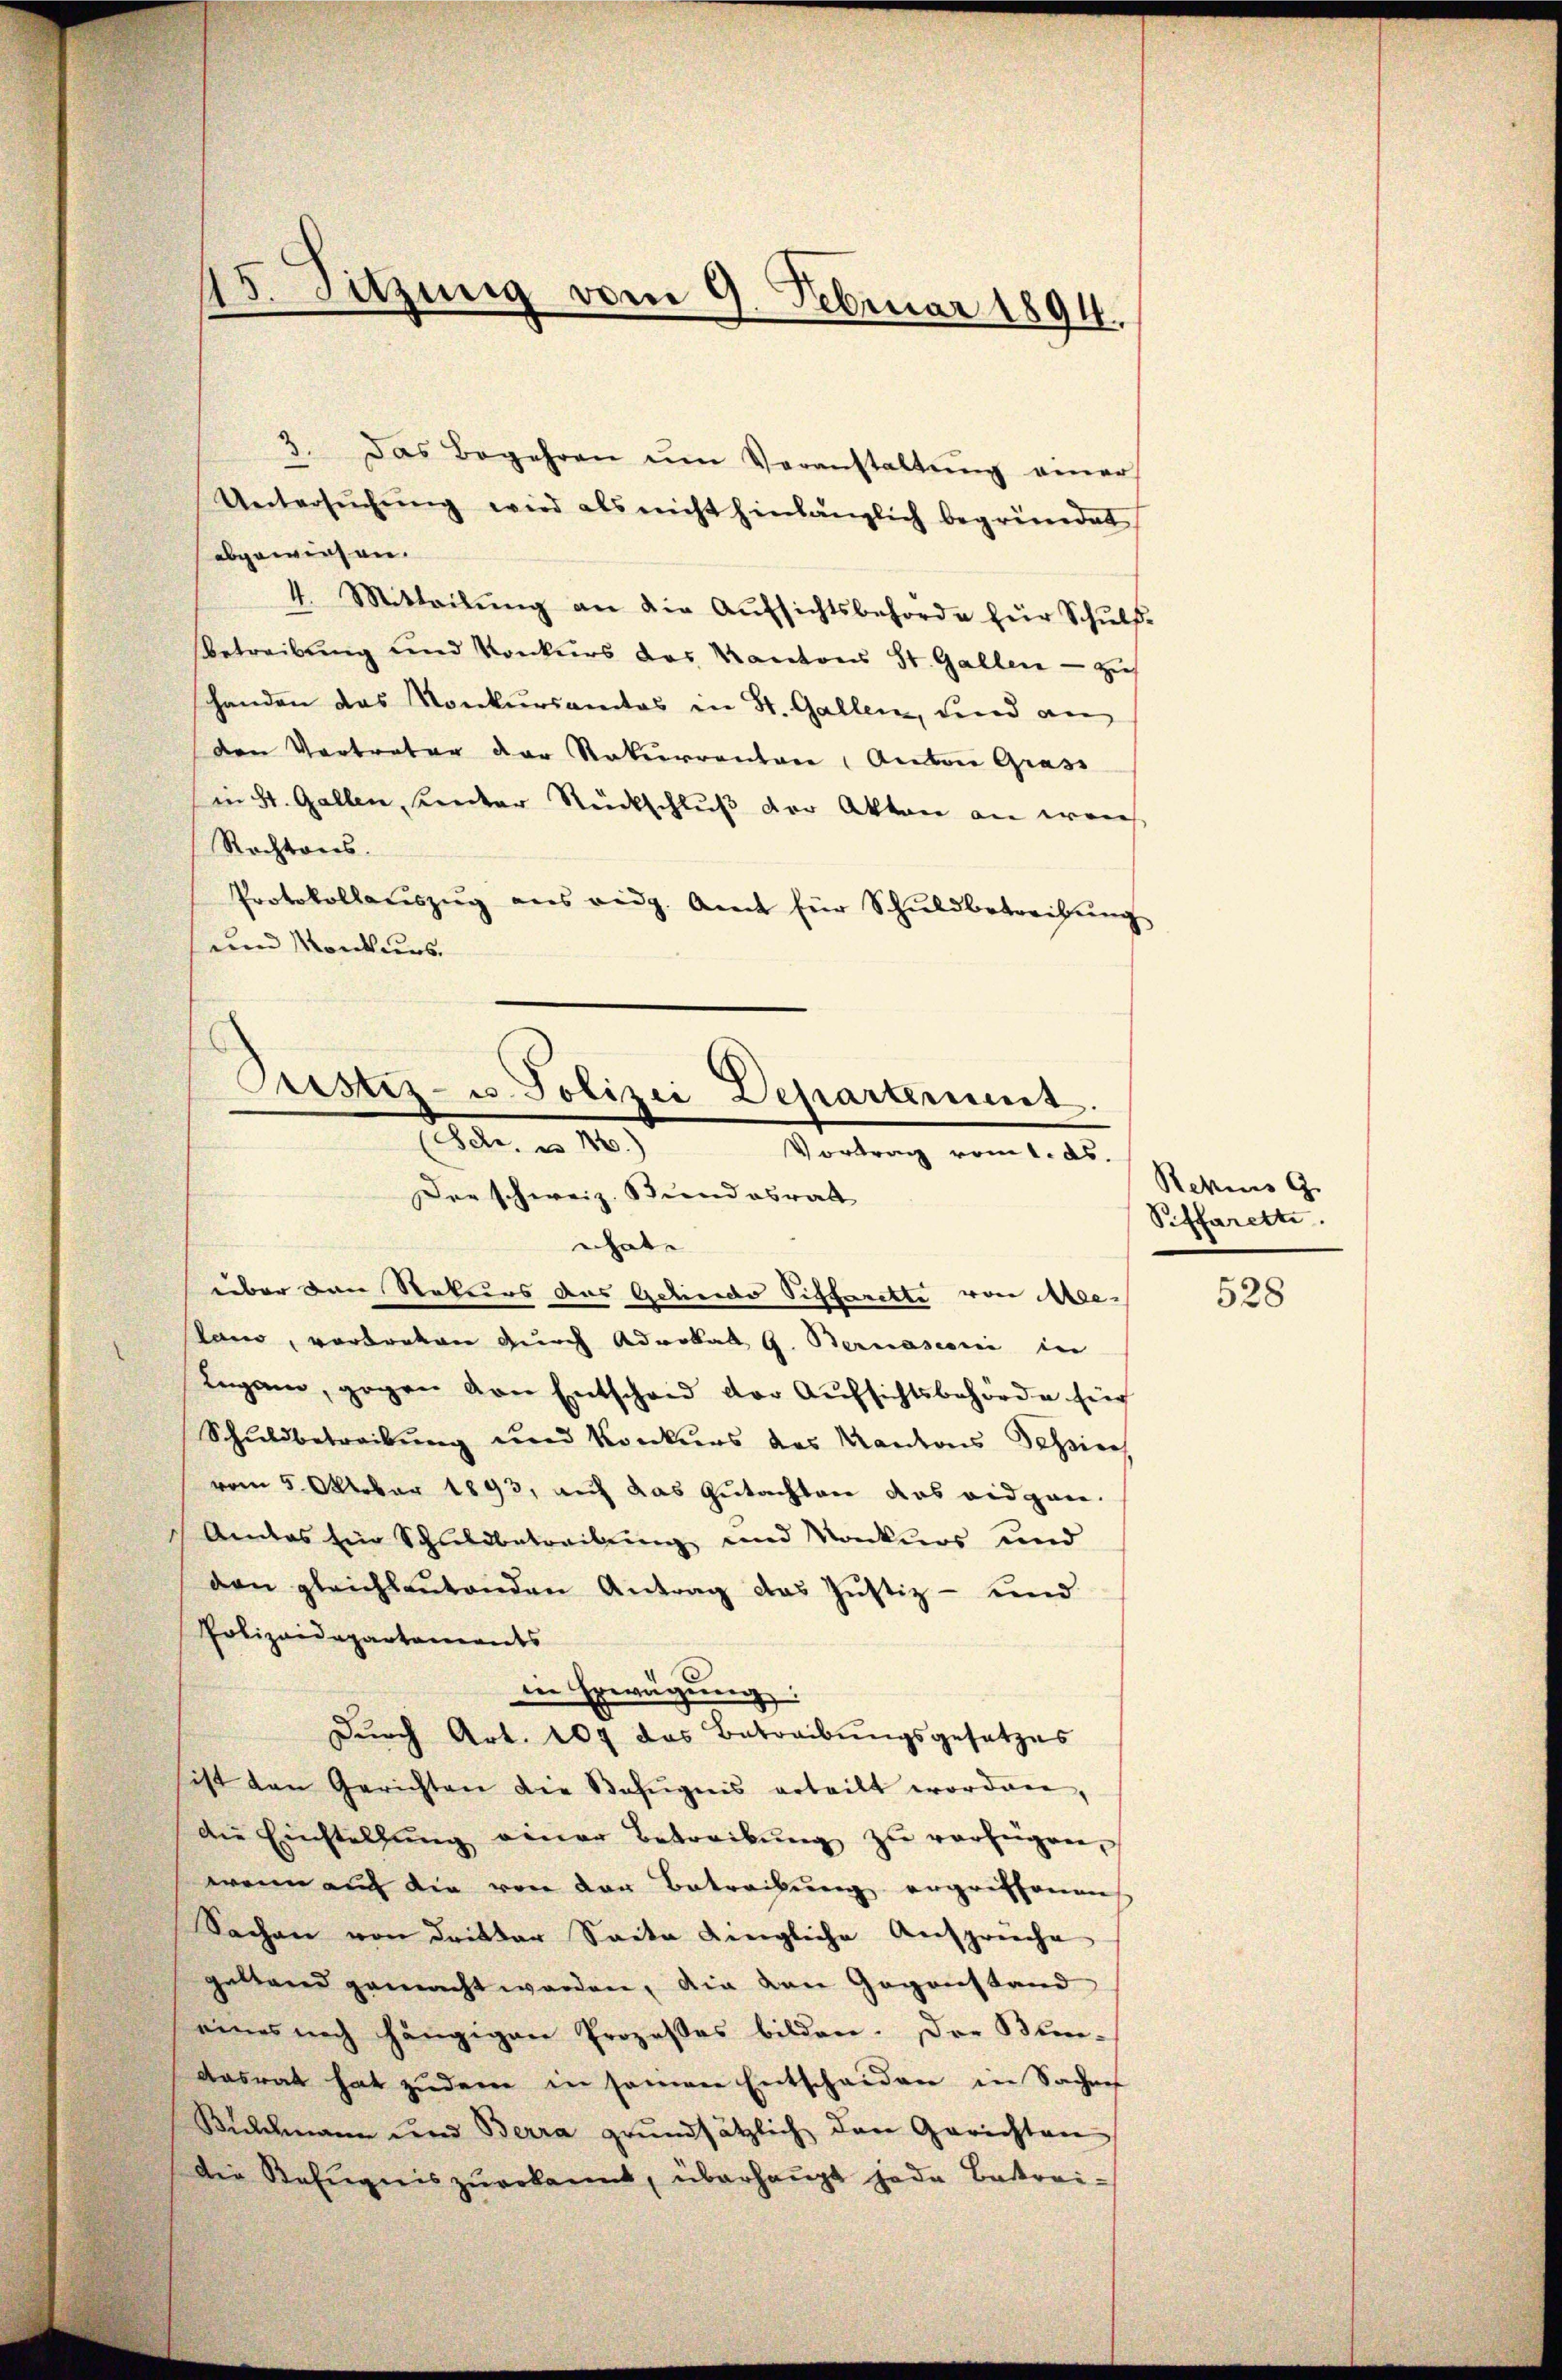
1
5. Sitzung vom 9. Februar 1894.

3. Das Begehren ŭm Veranstaltŭng einer
Untersŭchŭng wird als nicht hinlänglich begründet
abgewiesen.
4. Mitteilŭng an die Aŭfsichtsbehörde für Schŭlf.
Betreibung und Konkurs des Kantons St. Gallen - zus
handen das Konkursamtes in St. Gallen, und an
den Vertreter der Rekurrentone, Anton Grass
in St. Gallen, Leuter Rückschluß der Akten an weich
Rechtens.
Protokollaŭszŭg ans eidg. Amt für Schŭldbetreitŭng
und Konkurs.
Justiz- u. Polizei Departement.
lr. a. 160.)
Vortrag vom 1. ds.

Der schweiz. Bundesrath

ehnte |
über den Rekurs das Gehinde Sifferette von Ale-
lano, vortreten durch Advokat G. Bernasconi in
Lugano, gegen von Entschen der Aŭfsichtsbehörde für
Schuldbetreibung und Konkurs des Kantons Schieh
vom 5. Oktober 1893, auf das Gutachten das eidgen.
Andes für Schuldbetreibung und Konkurs und
den gleichleŭtenden Antrag das Justiz- und
Polizeidepartements
in Erwägung:
Dŭrch Art. 107 das Betreibŭngsgesetzes
ist den Gerichten die Befugnis erteilt worden,
die Einstellŭng einer Betreibŭng zŭ verfügen,
wenn auch die von der Betrachung ergriffenen
Sachen von dritter Saite dingliche Ansprüche
gestand gemacht worden, die von Gegenstand
eines noch hängigen Prozeßes bilden. Der Bun-
dasrat hat zudem in seinen Entscheiden in Sachen
Bülchmann und Berra grŭndsätzlich den Gerichten
Die Befugnis zŭerkannt, überhaŭpt jede Betrei-

Rekurs G
Peffarette

528